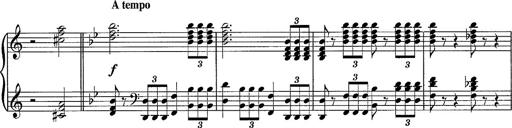
Title: R.W. - Venezia
Composer: Franz Liszt